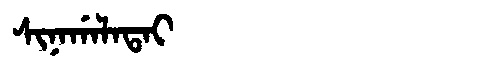
Manchu: ᠰᡳᠨᠠᡤᠠᠯᠠᡨᠠᡳ
Romanization: SINAGALATAI